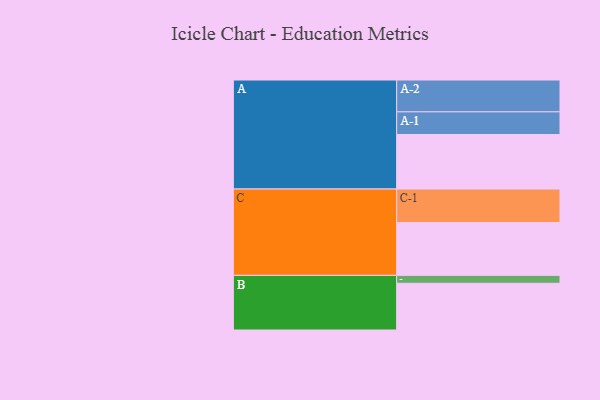
{"axis": {"x": "Segment", "y": "Value"}, "legend": ["", "A", "B", "C"], "data": [{"x": "A", "y": 483, "type": ""}, {"x": "B", "y": 414, "type": ""}, {"x": "C", "y": 468, "type": ""}, {"x": "A-1", "y": 201, "type": "A"}, {"x": "A-2", "y": 282, "type": "A"}, {"x": "B-1", "y": 70, "type": "B"}, {"x": "C-1", "y": 297, "type": "C"}]}